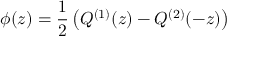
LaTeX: \phi ( z ) = \frac { 1 } { 2 } \left( Q ^ { ( 1 ) } ( z ) - Q ^ { ( 2 ) } ( - z ) \right)